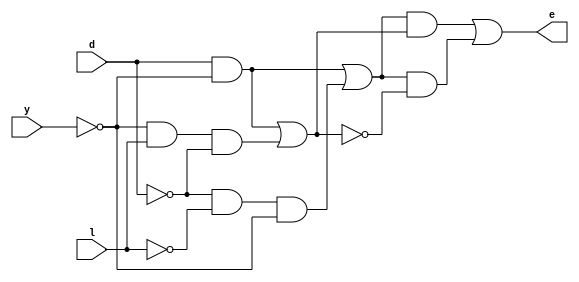
module blackbox(e, y, l, d);
   output e;
   input  y, l, d;
   wire   w09, w10, w12, w18, w27, w29, w34, w36, w40, w43, w47, w54, w60, w61, w68, w69, w76, w79, w87, w88, w89;

   and a1(e, w68, w29);
   or  o23(w68, w34, w09);
   and a57(w34, w18, w47);
   and a90(w09, w18, w40);
   not n28(w40, w47);
   or  o95(w29, w12, w60);
   not n71(w12, w60);
   or  o70(w47, w54, w10);
   and a48(w54, d, w61);
   not n98(w61, y);
   and a21(w10, w87, l, w76);
   not n64(w87, y);
   not n74(w76, d);
   or  o75(w60, y, d, w79);
   not n81(w79, l);
   or  o24(w18, w69, w89);
   and a77(w69, d, w27);
   not n80(w27, y);
   and a93(w89, w43, w36, w88);
   not n7(w43, d);
   not n96(w36, l);
   not n35(w88, y);

endmodule // blackbox